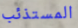
المستذئب